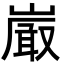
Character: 𭗕